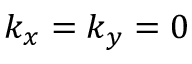
k _ { x } = k _ { y } = 0